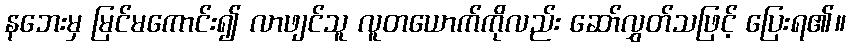
နဘေးမှ မြင်မကောင်း၍ လာဖျင်သူ လူတယောက်ကိုလည်း ဆော်လွှတ်သဖြင့် ပြေးရ၏။